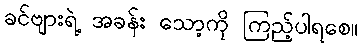
ခင်ဗျားရဲ့ အခန်း သော့ကို ကြည့်ပါရစေ။